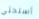
أسلحتي